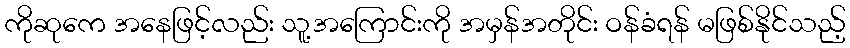
ကိုဆုကေ အနေဖြင့်လည်း သူ့အကြောင်းကို အမှန်အတိုင်း ဝန်ခံရန် မဖြစ်နိုင်သည့်